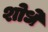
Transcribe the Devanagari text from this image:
शोधे